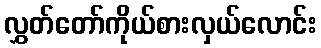
လွှတ်တော်ကိုယ်စားလှယ်လောင်း